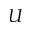
U